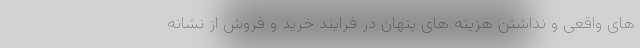
های واقعی و نداشتن هزینه های پنهان در فرایند خرید و فروش از نشانه